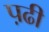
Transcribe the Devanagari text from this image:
प़ढी